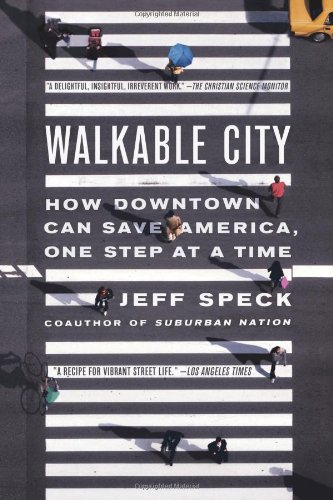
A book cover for Walkable City: How Downtown Can Save America, One Step at a Time; Jeff Speck; Arts & Photography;